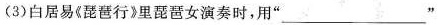
(3)白居易《琵琶行》里琵琶女演奏时，用” \underline”